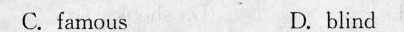
C.famous D .blind